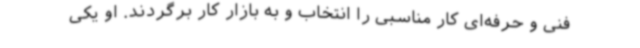
فنی و حرفه‌ای کار مناسبی را انتخاب و به بازار کار برگردند. او یکی